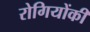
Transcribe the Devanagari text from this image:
रोगियोंकी